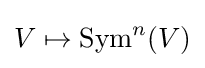
V\mapsto \operatorname {Sym} ^{n}(V)